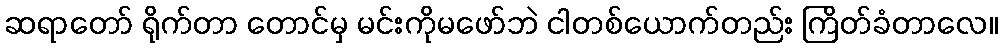
ဆရာတော် ရိုက်တာ တောင်မှ မင်းကိုမဖော်ဘဲ ငါတစ်ယောက်တည်း ကြိတ်ခံတာလေ။